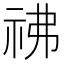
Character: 𥘬